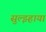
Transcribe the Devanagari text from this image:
सुल्झ्हाया